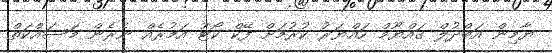
ޔާމިން އަބްދުލް ގައްޔޫމް ހައްޔަރު ކުރުމަށް ފޭކް ކޯޓު އަމުރެއް ނެރެން މަސައްކަތް